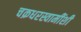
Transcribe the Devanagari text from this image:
चक्रधरस्वामींशी